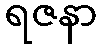
ရဇနာ